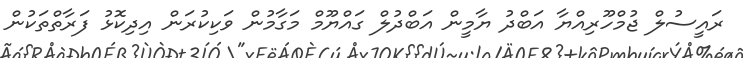
ރައީސުލް ޖުމްހޫރިއްޔާ އަބްދު ޔާމީން އަބްދުލް ގައްޔޫމް މަގާމުން ވަކިކުރަން އިދިކޮޅު ފަރާތްތަކުން